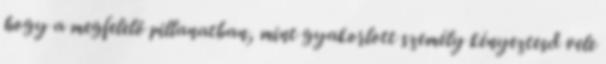
hogy a megfelelő pillanatban, mint gyakorlott személy kényeztesd vele